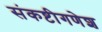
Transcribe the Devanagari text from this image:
संकष्टीगणेश